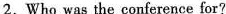
2.Who was the conference for?